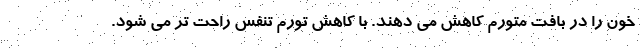
خون را در بافت متورم کاهش می دهند. با کاهش تورم تنفس راحت تر می شود.